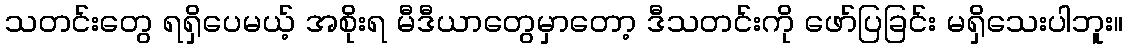
သတင်းတွေ ရရှိပေမယ့် အစိုးရ မီဒီယာတွေမှာတော့ ဒီသတင်းကို ဖော်ပြခြင်း မရှိသေးပါဘူး။